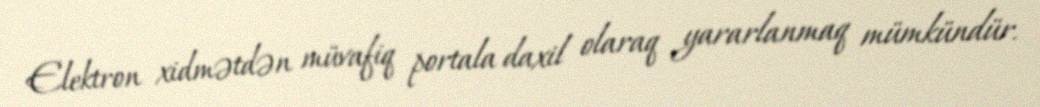
Elektron xidmətdən müvafiq portala daxil olaraq yararlanmaq mümkündür.